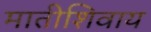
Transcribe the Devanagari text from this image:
मातीशिवाय